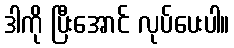
ဒါကို ပြီးအောင် လုပ်ပေးပါ။